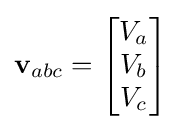
\mathbf {v} _{abc}={\begin{bmatrix}V_{a}\\V_{b}\\V_{c}\end{bmatrix}}